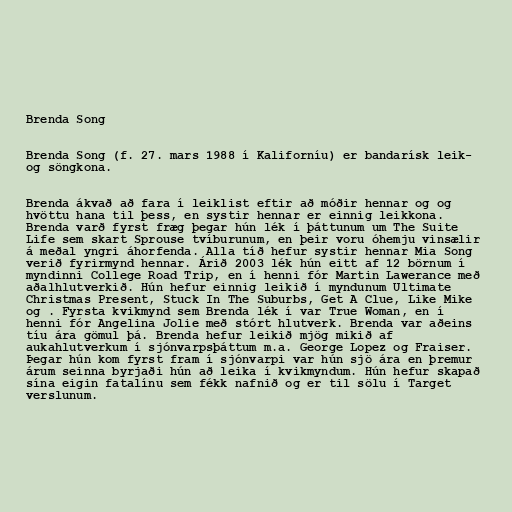
Brenda Song

Brenda Song (f. 27. mars 1988 í Kaliforníu) er bandarísk leik-
og söngkona.

Brenda ákvað að fara í leiklist eftir að móðir hennar og og
hvöttu hana til þess, en systir hennar er einnig leikkona.
Brenda varð fyrst fræg þegar hún lék í þáttunum um The Suite
Life sem skart Sprouse tvíburunum, en þeir voru óhemju vinsælir
á meðal yngri áhorfenda. Alla tíð hefur systir hennar Mia Song
verið fyrirmynd hennar. Árið 2003 lék hún eitt af 12 börnum í
myndinni College Road Trip, en í henni fór Martin Lawerance með
aðalhlutverkið. Hún hefur einnig leikið í myndunum Ultimate
Christmas Present, Stuck In The Suburbs, Get A Clue, Like Mike
og . Fyrsta kvikmynd sem Brenda lék í var True Woman, en í
henni fór Angelina Jolie með stórt hlutverk. Brenda var aðeins
tíu ára gömul þá. Brenda hefur leikið mjög mikið af
aukahlutverkum í sjónvarpsþáttum m.a. George Lopez og Fraiser.
Þegar hún kom fyrst fram í sjónvarpi var hún sjö ára en þremur
árum seinna byrjaði hún að leika í kvikmyndum. Hún hefur skapað
sína eigin fatalínu sem fékk nafnið og er til sölu í Target
verslunum.